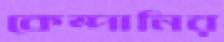
কেম্পানির